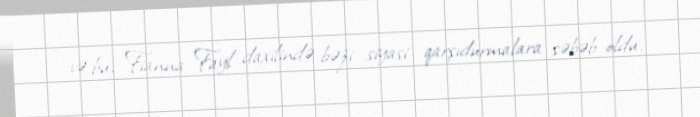
və bu, Fianna Fayl daxilində bəzi siyasi qarşıdurmalara səbəb oldu.